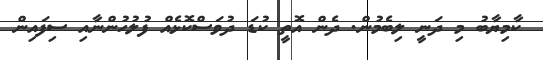
ކާމިޔާބު މި ދަނީ ލިބެމުން. ދެން އޮތީ ކުޑަ ދުވަސްކޮޅެއް ފުލުހުންނާއި ސިފައިން